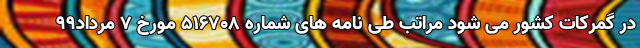
در گمرکات کشور می شود مراتب طی نامه های شماره ۵۱۶۷۰۸ مورخ ۷ مرداد۹۹